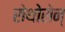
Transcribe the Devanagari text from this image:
रोथोसेन्